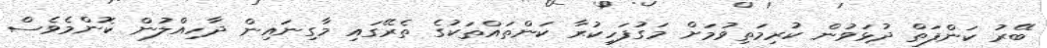
ބޭރު ކަންފަތް ދުޅަވުން ކުރިމަތިވުމަށް މަގުފަހިކުރާ ކަންތައްތަކުގެ ތެރޭގައި މާގިނައިން ދާހިއްލުން ކޮންމެވެސް